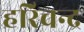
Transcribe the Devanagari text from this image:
हरिचन्द्र